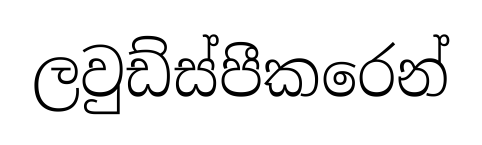
ලවුඩ්ස්පීකරෙන්